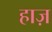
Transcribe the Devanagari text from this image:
हाज़